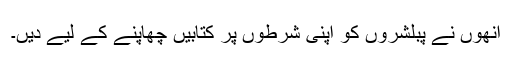
انھوں نے پبلشروں کو اپنی شرطوں پر کتابیں چھاپنے کے لیے دیں۔